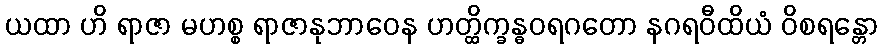
ယထာ ဟိ ရာဇာ မဟစ္စ ရာဇာနုဘာဝေန ဟတ္ထိက္ခန္ဓဝရဂတော နဂရဝီထိယံ ဝိစရန္တော